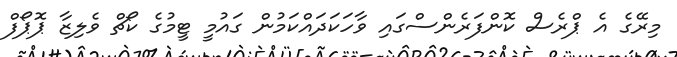
މިރޭގެ އެ ޕްރެސް ކޮންފަރެންސްގައި ވާހަކަދައްކަމުން ގައުމީ ޓީމުގެ ކޯޗް ވެލިޒާ ޕޮޕޯފް